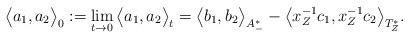
LaTeX: \begin{align*}\big\langle a_1,a_2\big\rangle_0:=\lim_{t \to 0}\big\langle a_1,a_2\big\rangle_t= \big\langle b_1,b_2\big\rangle_{A^*_-} - \big\langle x_Z^{-1} c_1, x_Z^{-1} c_2\big\rangle_{T^*_Z}.\end{align*}